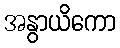
အနွာယိကော